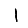
Digit: 1